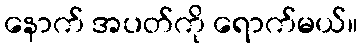
နောက် အပတ်ကို ရောက်မယ်။